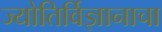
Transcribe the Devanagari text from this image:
ज्योतिर्विज्ञानाचा